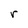
Character: r